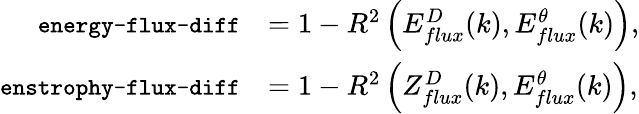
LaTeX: \begin{array}{rl}{\texttt{\small energy-flux-diff}}&{=1-R^{2}\left(E_{flux}^{D}(k),E_{flux}^{\theta}(k)\right),}\\ {\texttt{\small enstrophy-flux-diff}}&{=1-R^{2}\left(Z_{flux}^{D}(k),E_{flux}^{\theta}(k)\right),}\end{array}